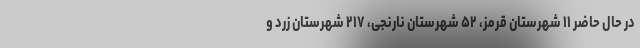
در حال حاضر ۱۱ شهرستان قرمز، ۵۲ شهرستان نارنجی، ۲۱۷ شهرستان زرد و